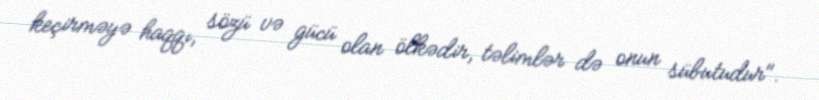
keçirməyə haqqı, sözü və gücü olan ölkədir, təlimlər də onun sübutudur".